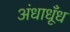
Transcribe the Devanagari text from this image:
अंधाधूँध